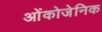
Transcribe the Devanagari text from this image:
ओंकोजेनिक